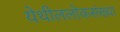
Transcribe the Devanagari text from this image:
येथीललोकसंख्या